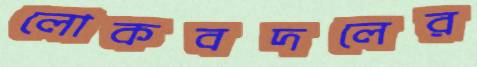
লোকবদলের